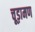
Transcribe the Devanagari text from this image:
चूड़ामण